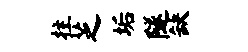
拄芝垢隧缺